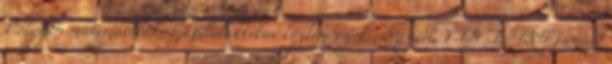
Polygon matematikai, szakdidaktikai közlemények , Szeged, VII. 1.; 1997 június